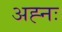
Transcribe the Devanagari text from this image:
अह्नः